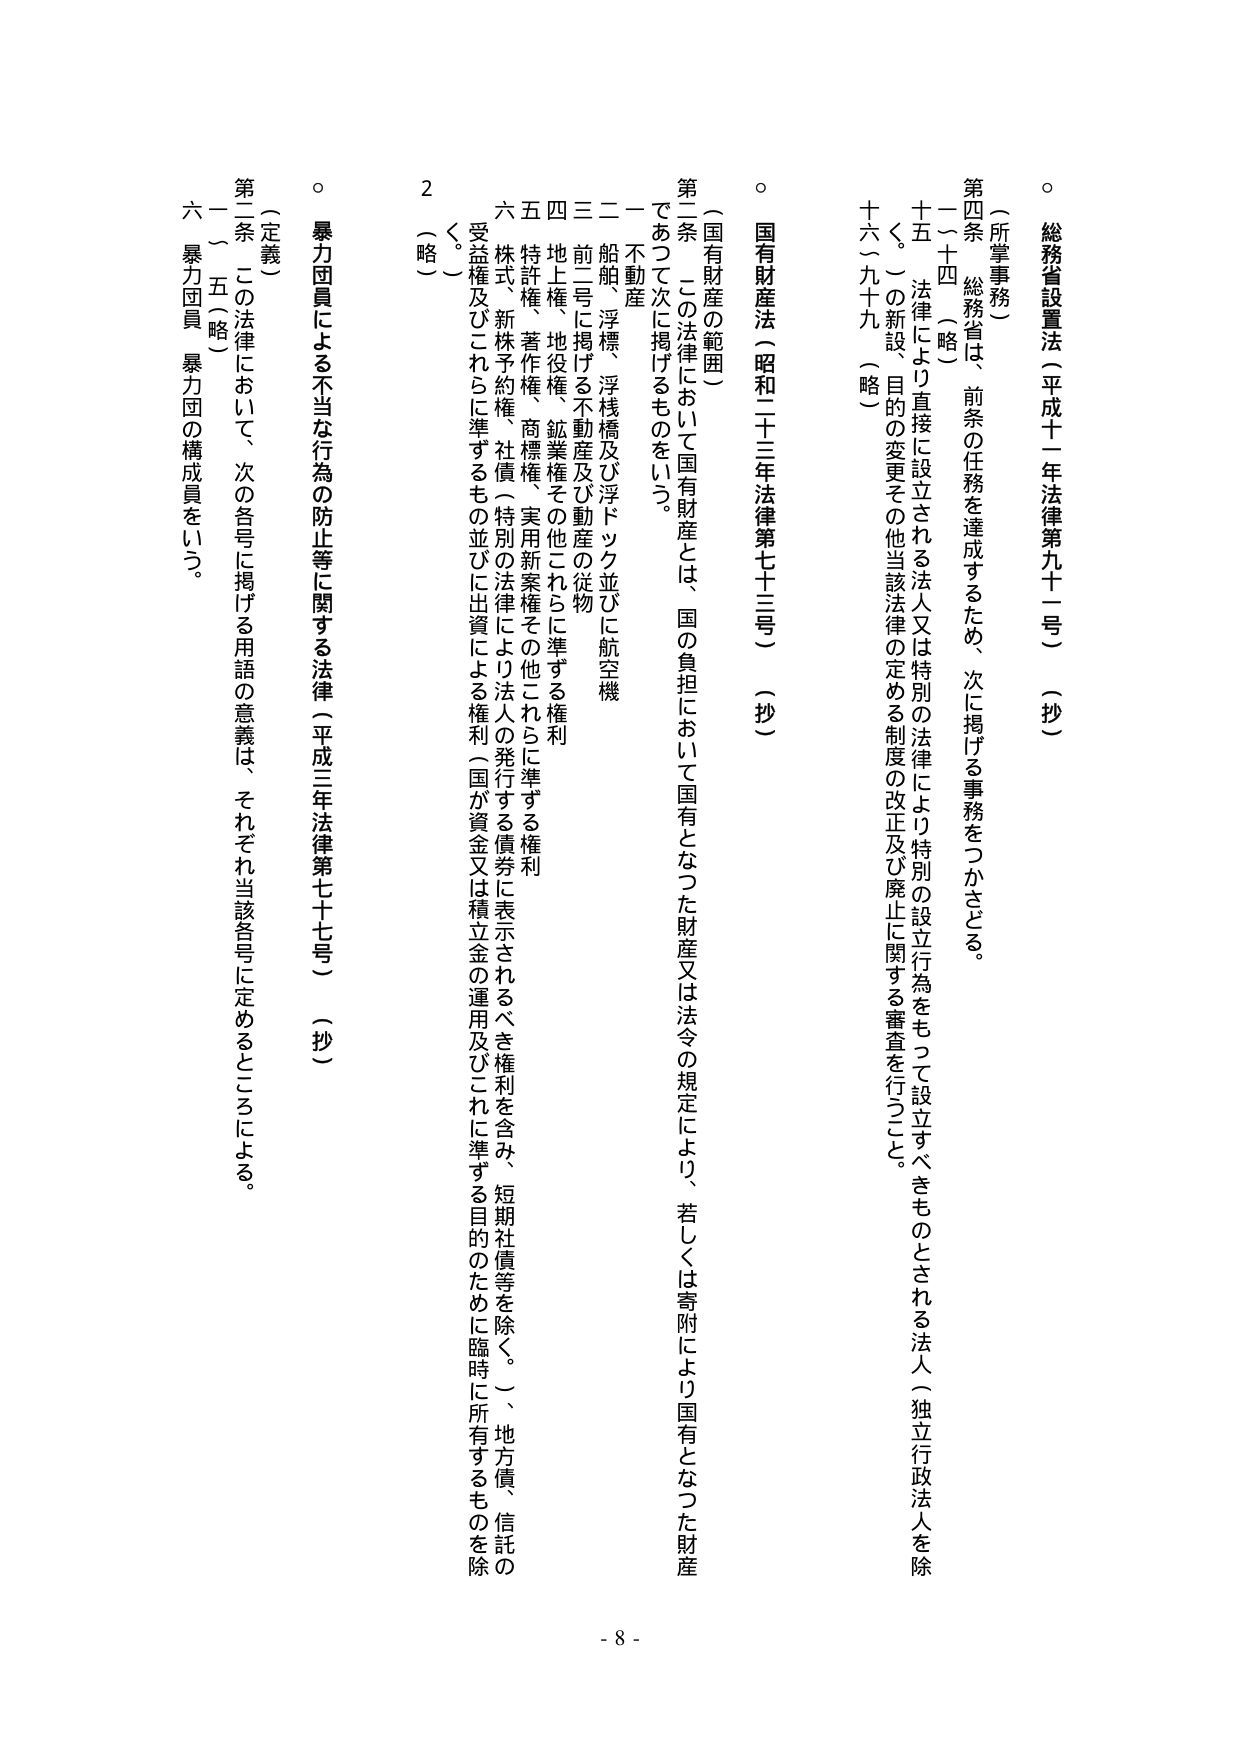
○ 総務省設置法（平成十一年法律第九十一号）（抄）

（所掌事務）
第四条 総務省は、前条の任務を達成するため、次に掲げる事務をつかさどる。
一～十四 （略）
十五、法律により直接に設立される法人又は特別の法律により特別の設立行為をもって設立すべきものとされる法人（独立行政法人を除く。）の新設、目的の変更その他当該法律の定める制度の改正及び廃止に関する審査を行うこと。
十六～九十九 （略）

○ 国有財産法（昭和二十三年法律第七十三号）（抄）

（国有財産の範囲）
第二条 この法律において国有財産とは、国の負担において国有となった財産又は法令の規定により、若しくは寄附により国有となった財産であつて次に掲げるものをいう。
一 不動産
二 船舶、浮標、浮桟橋及び浮ドック並びに航空機
三 前二号に掲げる不動産及び動産の従物
四 地上権、地役権、鉱業権その他これらに準ずる権利
五 特許権、著作権、商標権、実用新案権その他これらに準ずる権利
六 株式、新株予約権、社債（特別の法律により法人の発行する債券に表示されるべき権利を含み、短期社債等を除く。）、地方債、信託の受益権及びこれらに準ずるもの並びに出資による権利（国が資金又は積立金の運用及びこれに準ずる目的のために臨時に所有するものを除く。）
2 （略）

○ 暴力団員による不当な行為の防止等に関する法律（平成三年法律第七十七号）（抄）

（定義）
第二条 この法律において、次の各号に掲げる用語の意義は、それぞれ当該各号に定めるところによる。
一～五 （略）
六 暴力団員 暴力団の構成員をいう。

- 8 -